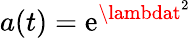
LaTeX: a(t)=\mathrm{e}^{\lambdat^{2}}